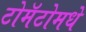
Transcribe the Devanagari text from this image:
टोमॅटोमधे